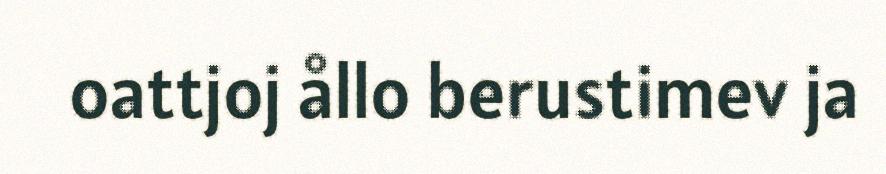
oattjoj ållo berustimev ja